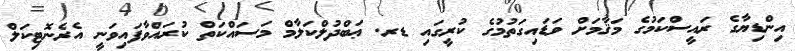
އިންޑިޔާގެ ރައީސްކަމުގެ މަޤާމަށް ވަޑައިގަތުމުގެ ކުރީގައި ޑރ. ޢަބްދުލްކަލާމް މަސައްކަތް ކުރައްވާފައިވަނީ އެރެނޮޓިކަލް